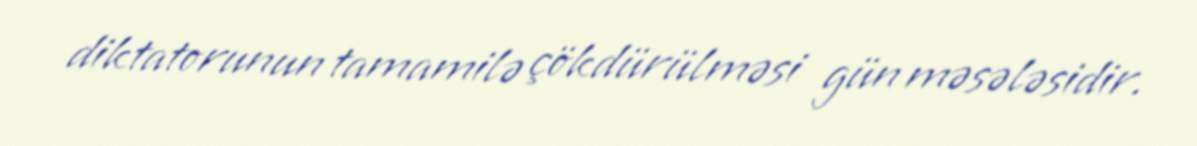
diktatorunun tamamilə çökdürülməsi gün məsələsidir.